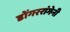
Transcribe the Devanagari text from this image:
डोंगररांगेनी